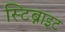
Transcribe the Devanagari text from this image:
स्टिब्नाइट